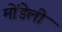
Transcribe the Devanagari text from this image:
मोंडेली